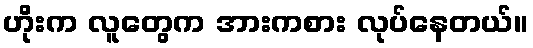
ဟိုးက လူတွေက အားကစား လုပ်နေတယ်။